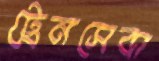
ট্রেনসেবা